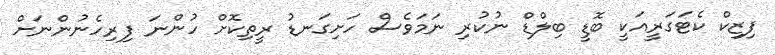
ފިޒިކް ކެޓަގަރީއަކީ ބޮޑީ ބިލްޑް ނުކުރި ނަމަވެސް ހަށިގަނޑު ރީތިކޮށް ހުންނަ ފިރިހެނުންނަށް